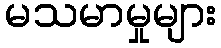
မသမာမှုများ